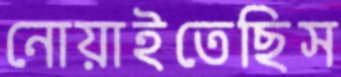
নোয়াইতেছিস